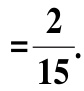
$=\frac{2}{15}.$